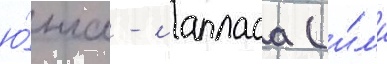
ю́нга - лапласа (и́л'и